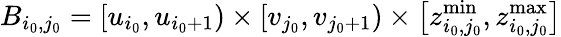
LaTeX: B_{i_{0},j_{0}}=\left[u_{i_{0}},u_{i_{0}+1}\right)\times\left[v_{j_{0}},v_{j_{0}+1}\right)\times\left[z_{i_{0},j_{0}}^{\operatorname*{min}},z_{i_{0},j_{0}}^{\operatorname*{max}}\right]